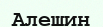
Алешин